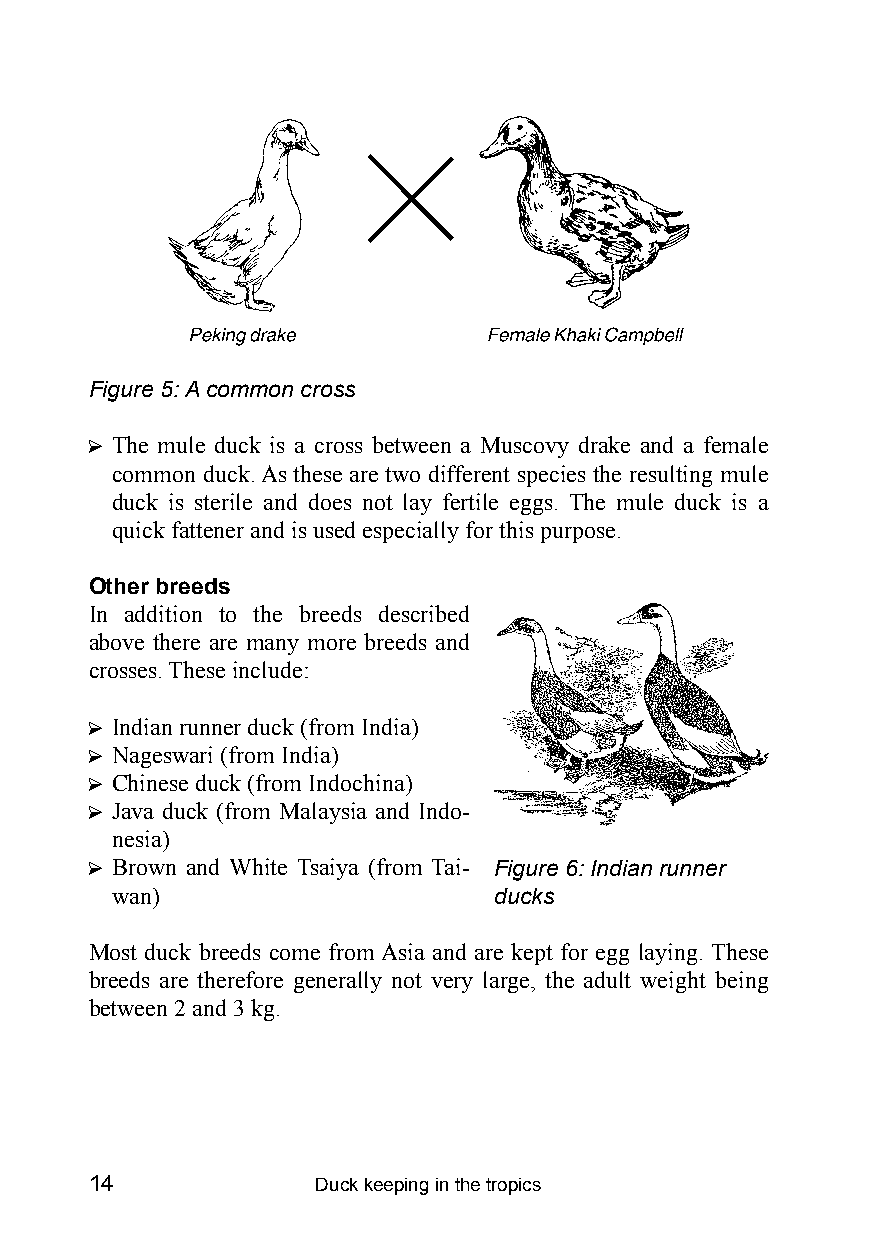
Figure 5: A common cross
 ? The mule duck is a cross between a Muscovy drake and a female
 common duck. As these are two different species the resulting mule
 duck is sterile and does not lay fertile eggs. The mule duck is a
 quick fattener and is used especially for this purpose.
 Other breeds
 In addition to the breeds described
 above there are many more breeds and
 crosses. These include:
 ? Indian runner duck (from India)
 ? Nageswari (from India)
 ? Chinese duck (from Indochina)
 ? Java duck (from Malaysia and Indo-
 nesia)
 ? Brown and White Tsaiya (from Tai- Figure 6: Indian runner
 wan)                      ducks
 Most duck breeds come from Asia and are kept for egg laying. These
 breeds are therefore generally not very large, the adult weight being
 between 2 and 3 kg.
 14             Duck keeping in the tropics